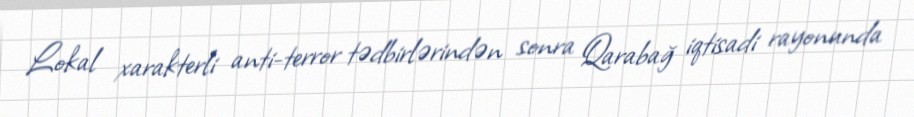
Lokal xarakterli anti-terror tədbirlərindən sonra Qarabağ iqtisadi rayonunda